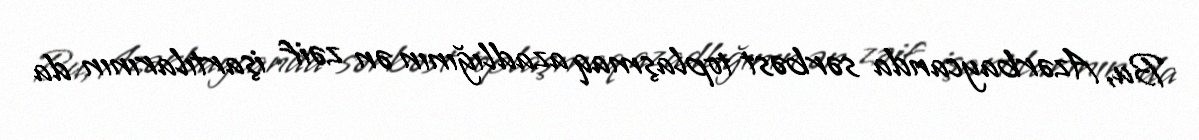
Bu, Azərbaycanda sərbəst toplaşmaq azadlığının ən zəif işartılarının da